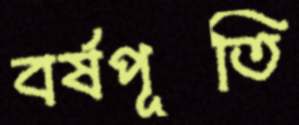
বর্ষপূতি